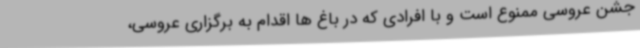
جشن عروسی ممنوع است و با افرادی که در باغ‌ ها اقدام به برگزاری عروسی،